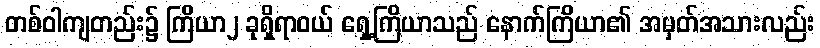
တစ်ဝါကျတည်း၌ ကြိယာ၂ ခုရှိရာဝယ် ရှေ့ကြိယာသည် နောက်ကြိယာ၏ အမှတ်အသားလည်း